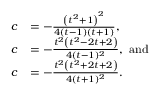
\begin{array} { r l } { c } & { = - \frac { \left( t ^ { 2 } + 1 \right) ^ { 2 } } { 4 ( t - 1 ) ( t + 1 ) } , } \\ { c } & { = - \frac { t ^ { 2 } \left( t ^ { 2 } - 2 t + 2 \right) } { 4 ( t - 1 ) ^ { 2 } } , \mathrm { ~ a n d } } \\ { c } & { = - \frac { t ^ { 2 } \left( t ^ { 2 } + 2 t + 2 \right) } { 4 ( t + 1 ) ^ { 2 } } . } \end{array}